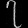
Digit: ၇